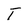
Character: T